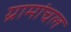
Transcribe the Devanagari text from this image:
ग्रामांचल